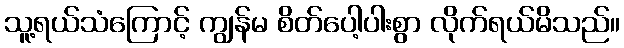
သူ့ရယ်သံကြောင့် ကျွန်မ စိတ်ပေါ့ပါးစွာ လိုက်ရယ်မိသည်။